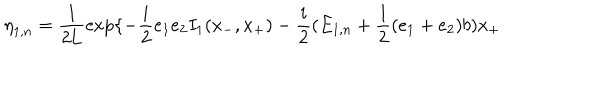
LaTeX: { \eta } _ { 1 , n } = \frac { 1 } { 2 \mathrm { L } } \exp \{ - \frac { i } { 2 } e _ { 1 } e _ { 2 } I _ { 1 } ( x _ { - } , x _ { + } ) - \frac { i } { 2 } ( E _ { 1 , n } + \frac { 1 } { 2 } ( e _ { 1 } + e _ { 2 } ) b ) x _ { + }